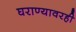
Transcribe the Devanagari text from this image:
घराण्यावरही